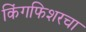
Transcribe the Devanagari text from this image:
किंगफिशरचा